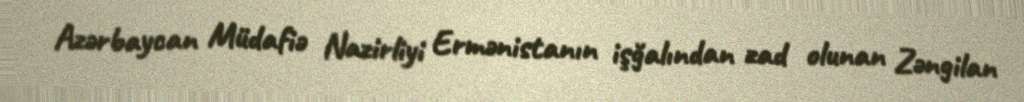
Azərbaycan Müdafiə Nazirliyi Ermənistanın işğalından zad olunan Zəngilan